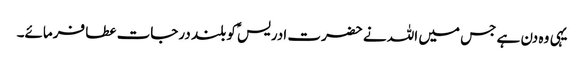
یہی وہ دن ہے جس میں اللہ نے حضرت ادریسؑ کو بلند درجات عطا فرمائے۔